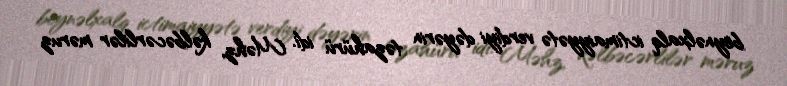
beynəlxalq ictimaiyyətə verdiyi dəyərin təzahürü idi. Məhz, kəlbəcərlilər məruz